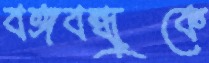
বঙ্গবন্ধুকে